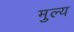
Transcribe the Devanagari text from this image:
मुल्‍य